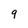
Character: 9